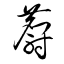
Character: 麝